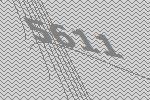
5611